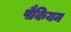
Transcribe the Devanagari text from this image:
पैकियम